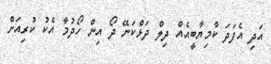
އަދި އެފަދަ ކާމިޔާބީއެއް ދިލް ދަޅްކަނޭ ދޯ އިން ހޯދުމާ އެކު ކުރިއަށް